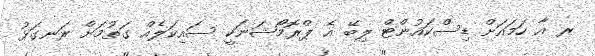
ރ އާ ހަމައަށް ޑިސްކައުންޓް ލިބޭ އެ ޕްރޮމޯޝަނަކީ ސައިކަލެއް ގަތުމަށް ރަނގަޅު